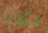
فكلانا